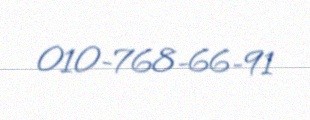
010-768-66-91